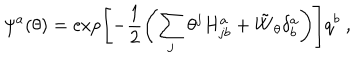
LaTeX: \psi ^ { a } ( \theta ) = \exp \left[ - \frac { 1 } { 2 } \left( \sum _ { j } \theta ^ { j } H _ { j b } ^ { a } + { \tilde { W } } _ { \theta } \delta _ { b } ^ { a } \right) \right] q ^ { b } \ ,